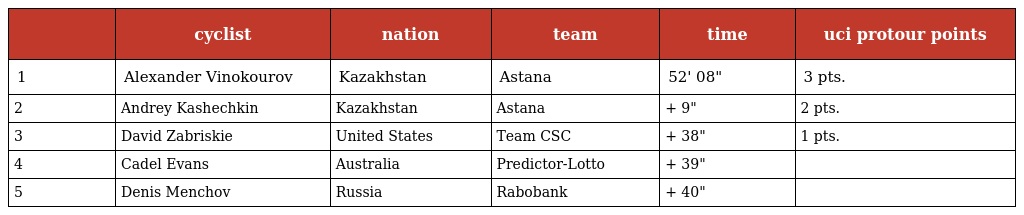
|  | cyclist | nation | team | time | uci protour points |
 | --- | --- | --- | --- | --- | --- |
 | 1 | Alexander Vinokourov | Kazakhstan | Astana | 52' 08" | 3 pts. |
 | 2 | Andrey Kashechkin | Kazakhstan | Astana | + 9" | 2 pts. |
 | 3 | David Zabriskie | United States | Team CSC | + 38" | 1 pts. |
 | 4 | Cadel Evans | Australia | Predictor-Lotto | + 39" |  |
 | 5 | Denis Menchov | Russia | Rabobank | + 40" |  |